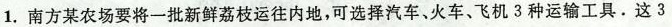
1.南方某农场要将一批新鲜荔枝运往内地，可选择汽车、火车、飞机3种运输工具.这3